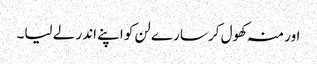
اور منہ کھول کر سارے لن کو اپنے اندر لے لیا۔